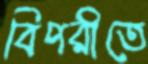
বিপরীতে